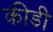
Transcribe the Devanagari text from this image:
कीडी